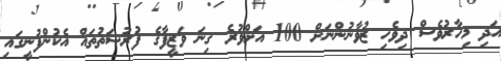
އަދި މިހާރުވެސް ދިވެހި ޒުވާނުންނަށް 100 އަށްވުރެ ގިނަ ވަޒީފާގެ ފުރުޞަތުތައް އެކުންފުނީގައި